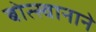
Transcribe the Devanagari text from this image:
बोत्स्वानाने